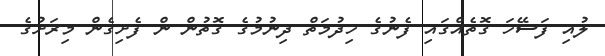
ލުއި ފަސޭހަ ގޮތެއްގައި ފެނުގެ ޚިދުމަތް ދިނުމުގެ ގޮތުން ން ފެށިގެން މިރަށުގެ